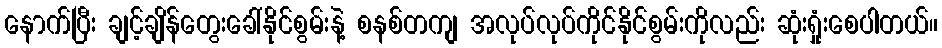
နောက်ပြီး ချင့်ချိန်တွေးခေါ်နိုင်စွမ်းနဲ့ စနစ်တကျ အလုပ်လုပ်ကိုင်နိုင်စွမ်းကိုလည်း ဆုံးရှုံးစေပါတယ်။